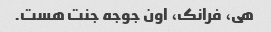
هی، فرانک، اون جوجه جنت هست.